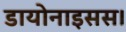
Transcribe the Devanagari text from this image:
डायोनाइसस।